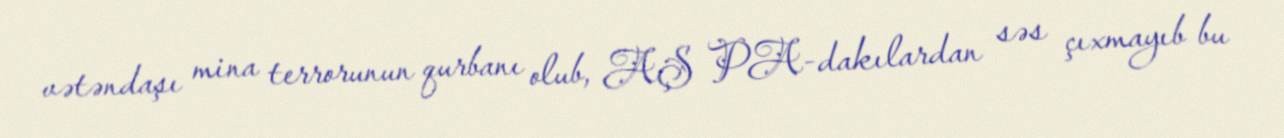
vətəndaşı mina terrorunun qurbanı olub, AŞ PA-dakılardan səs çıxmayıb bu